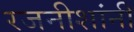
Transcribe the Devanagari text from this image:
रजनीशांनी